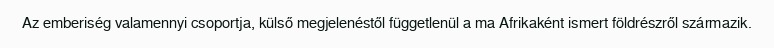
Az emberiség valamennyi csoportja, külső megjelenéstől függetlenül a ma Afrikaként ismert földrészről származik.